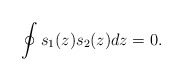
\begin{align*}\oint s_{1}(z) s_2(z)dz=0.\end{align*}